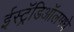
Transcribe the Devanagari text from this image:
ईस्ट्रॅडिऑलमधे